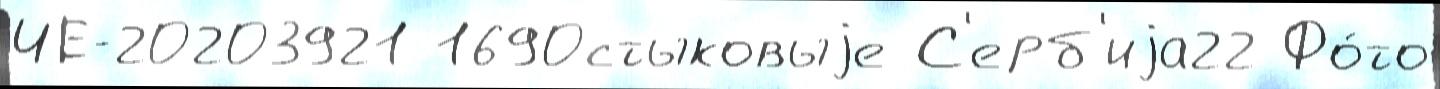
ЧЕ-20203921 1690стыковыjе С'ерб'иjа22 Фо́то